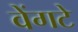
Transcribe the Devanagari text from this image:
वेंगटे